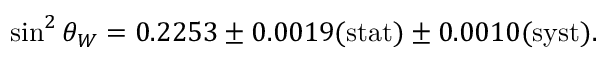
\sin ^ { 2 } \theta _ { W } = 0 . 2 2 5 3 \pm 0 . 0 0 1 9 \mathrm { ( s t a t ) } \pm 0 . 0 0 1 0 \mathrm { ( s y s t ) } .